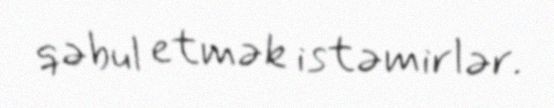
qəbul etmək istəmirlər.